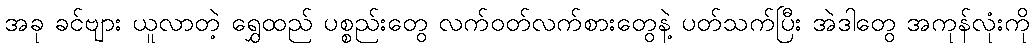
အခု ခင်ဗျား ယူလာတဲ့ ရွှေထည် ပစ္စည်းတွေ လက်ဝတ်လက်စားတွေနဲ့ ပတ်သက်ပြီး အဲဒါတွေ အကုန်လုံးကို